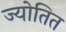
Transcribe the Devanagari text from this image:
ज्योतित